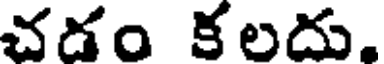
చడం కలదు,